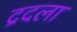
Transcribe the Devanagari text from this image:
द्रदला